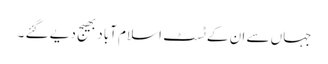
جہاں سے ان کے ٹسٹ اسلام آباد بھیج دیے گئے ۔